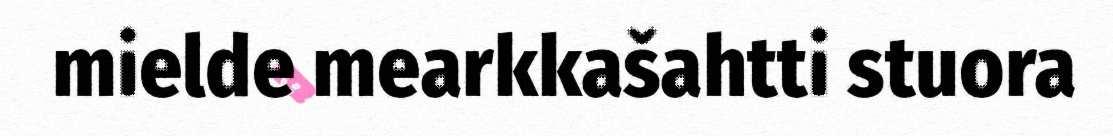
mielde mearkkašahtti stuora